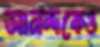
আনন্দকেও